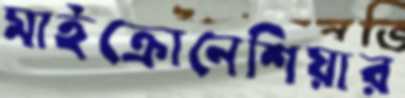
মাইক্রোনেশিয়ার